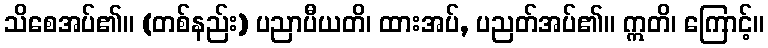
သိစေအပ်၏။ (တစ်နည်း) ပညာပီယတိ၊ ထားအပ်, ပညတ်အပ်၏။ ဣတိ၊ ကြောင့်။